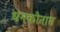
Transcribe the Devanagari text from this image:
धनकोनाम